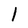
Character: l